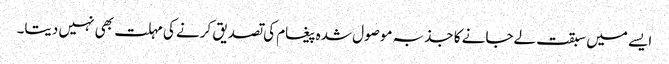
ایسے میں سبقت لےجانے کا جذبہ موصول شدہ پیغام کی تصدیق کرنے کی مہلت بھی نہیں دیتا۔